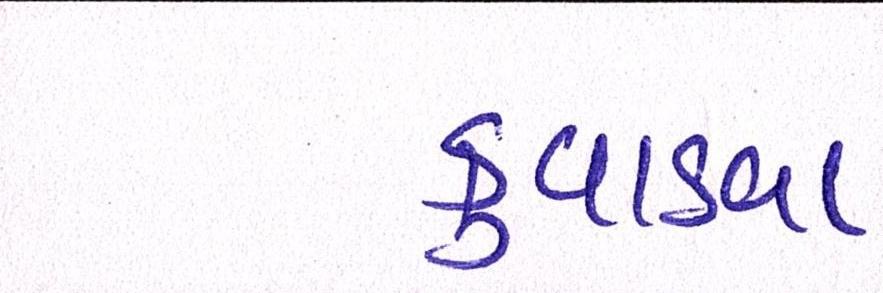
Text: કુવાડવા